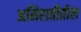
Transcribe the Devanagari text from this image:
अमिरातीतील